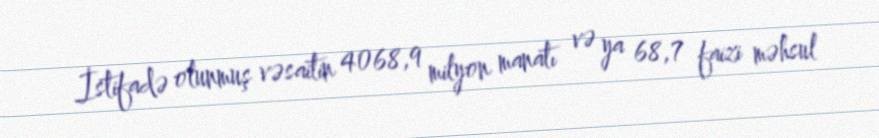
İstifadə olunmuş vəsaitin 4068,9 milyon manatı və ya 68,7 faizi məhsul